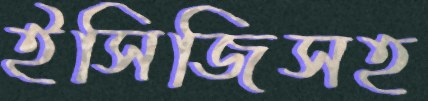
ইসিজিসহ